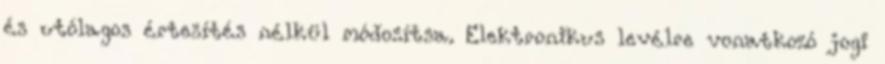
és utólagos értesítés nélkül módosítsa. Elektronikus levélre vonatkozó jogi